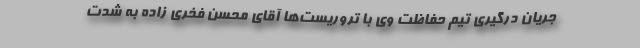
جریان درگیری تیم حفاظت وی با تروریست‌ها آقای محسن فخری زاده به شدت